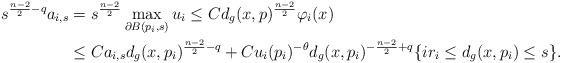
LaTeX: \begin{align*}s^{\frac{n-2}{2} - q}a_{i,s} &= s^{\frac{n-2}{2}} \max_{\partial B(p_i,s)} u_i\leq Cd_g(x,p)^{\frac{n-2}{2}} \varphi_i(x) \\&\leq Ca_{i,s} d_g(x,p_i)^{\frac{n-2}{2} -q} + C u_i(p_i)^{-\theta} d_g(x,p_i)^{-\frac{n-2}{2} +q} \{ir_i \leq d_g(x,p_i) \leq s\}.\end{align*}